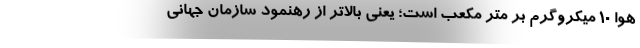
هوا ۱۰ میکروگرم بر متر مکعب است؛ یعنی بالاتر از رهنمود سازمان جهانی